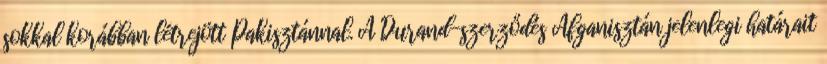
sokkal korábban létrejött Pakisztánnal. A Durand-szerződés Afganisztán jelenlegi határait